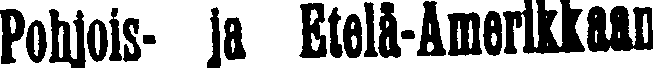
Pohjois- ja Etelä-Amerikkaan